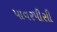
પાવરપીસી